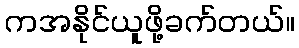
ကအနိုင်ယူဖို့ခက်တယ်။